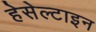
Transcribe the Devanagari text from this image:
हेसेल्टाइन